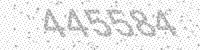
Solution: 445584